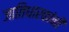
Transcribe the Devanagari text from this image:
जातिधारकांनी